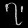
Digit: ၇